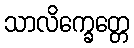
သာလိက္ခေတ္တေ